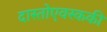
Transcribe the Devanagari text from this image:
दास्तोएवस्ककी